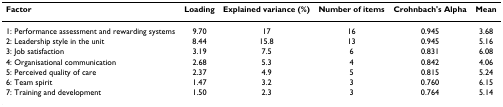
<table><thead><tr><td><b>Factor</b></td><td><b>Loading</b></td><td><b>Explained variance (%)</b></td><td><b>Number of items</b></td><td><b>Crohnbach&#x27;s Alpha</b></td><td><b>Mean</b></td></tr></thead><tbody><tr><td>1: Performance assessment and rewarding systems</td><td>9.70</td><td>17</td><td>16</td><td>0.945</td><td>3.68</td></tr><tr><td>2: Leadership style in the unit</td><td>8.44</td><td>15.8</td><td>13</td><td>0.945</td><td>5.16</td></tr><tr><td>3: Job satisfaction</td><td>3.19</td><td>7.5</td><td>6</td><td>0.831</td><td>6.08</td></tr><tr><td>4: Organisational communication</td><td>2.68</td><td>5.3</td><td>4</td><td>0.842</td><td>4.06</td></tr><tr><td>5: Perceived quality of care</td><td>2.37</td><td>4.9</td><td>5</td><td>0.815</td><td>5.24</td></tr><tr><td>6: Team spirit</td><td>1.47</td><td>3.2</td><td>3</td><td>0.760</td><td>6.15</td></tr><tr><td>7: Training and development</td><td>1.50</td><td>2.3</td><td>3</td><td>0.764</td><td>5.14</td></tr></tbody></table>